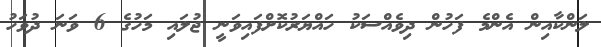
ލަންކާއިން އެންމެ ފަހުން ދިވެއްސަކު ހައްޔަރުކޮށްފައިވަނީ ޖުލައި މަހުގެ 6 ވަނަ ދުވަހު